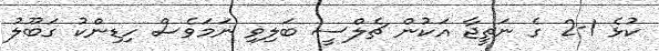
ކުޅެ 1-2 ގެ ނަތީޖާ އަކުން ޗެލްސީ ބަލިވި ނަމަވެސް ހިޑިންކު ގަބޫލު